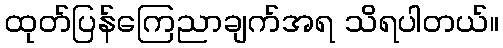
ထုတ်ပြန်ကြေညာချက်အရ သိရပါတယ်။